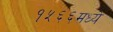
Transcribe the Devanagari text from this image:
१५६६मध्ये